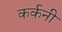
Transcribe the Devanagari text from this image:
कर्कनी